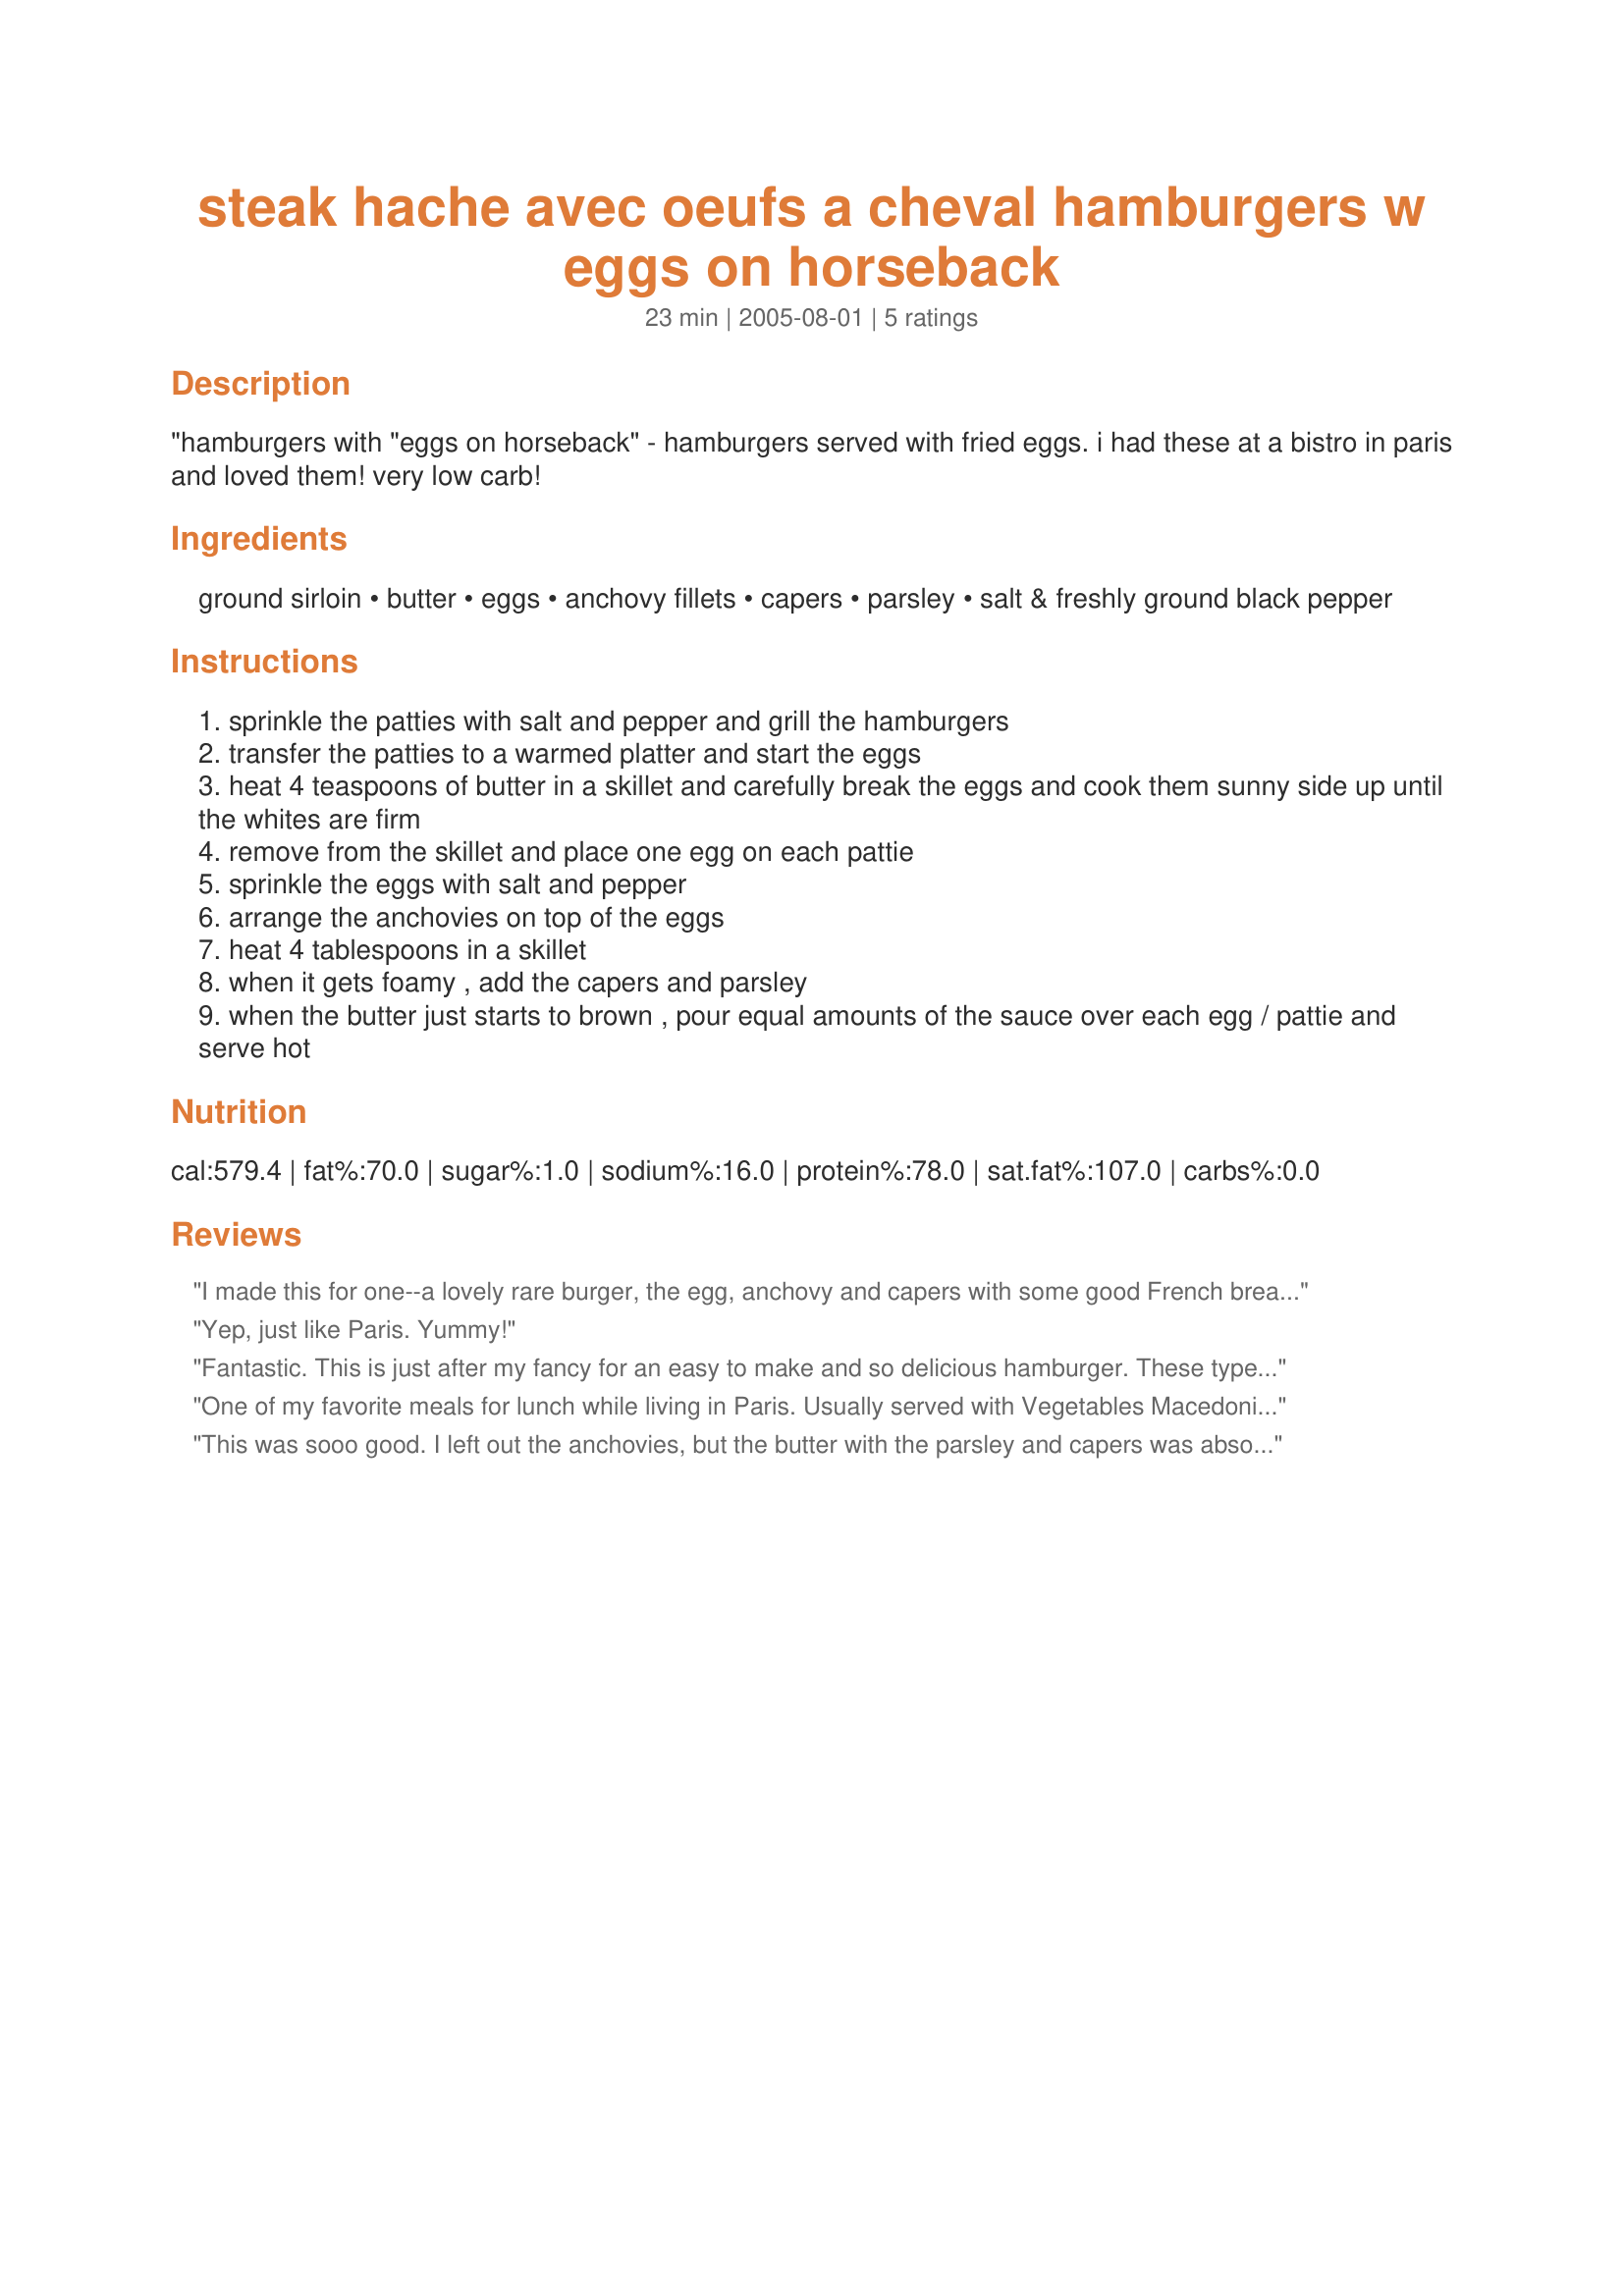
steak hache avec oeufs a cheval hamburgers w eggs on horseback
Preparation time: 23 minutes

"hamburgers with "eggs on horseback" - hamburgers served with fried eggs. i had these at a bistro in paris and loved them! very low carb!

Ingredients:
ground sirloin, butter, eggs, anchovy fillets, capers, parsley, salt & freshly ground black pepper

Steps:
sprinkle the patties with salt and pepper and grill the hamburgers
transfer the patties to a warmed platter and start the eggs
heat 4 teaspoons of butter in a skillet and carefully break the eggs and cook them sunny side up until the whites are firm
remove from the skillet and place one egg on each pattie
sprinkle the eggs with salt and pepper
arrange the anchovies on top of the eggs
heat 4 tablespoons in a skillet
when it gets foamy , add the capers and parsley
when the butter just starts to brown , pour equal amounts of the sauce over each egg / pattie and serve hot

Reviews:
I made this for one--a lovely rare burger, the egg, anchovy and capers with some good French bread, and the parsley to make it healthy. Great burger, Cheryl!
Yep, just like Paris. Yummy!
Fantastic. This is just after my fancy for an easy to make and so delicious hamburger. These type of burger will sure be offered in bistros in France as a small-sized dish for lunch. The extraordinary touch is added by the roasted capers and parsley in butter. Together with the grilled patties and eggs it is so wonderful that you sure wants a second helping. If you serve it with a dry white wine and some french white bread you don't need to travel to France, you can have the mood of a french bistro right in your house. Thanks for sharing such a typical and tasty french dish.
One of my favorite meals for lunch while living in Paris. Usually served with Vegetables Macedonia (diced mixed vegetables). Actually, it's better if you mince the anchovies and mash them into the hot butter and carry on from there. They'll melt right in and create a sauce with tremendous depth of flavor. That's what anchovies do! Versions of this are enjoyed all over Europe and, indeed, all over the world. Delicious!
This was sooo good. I left out the anchovies, but the butter with the parsley and capers was absolutely great with the flavors of egg and burger. Will certainly make this again. Thank you for a wonderful new addition to my favorites. :)
